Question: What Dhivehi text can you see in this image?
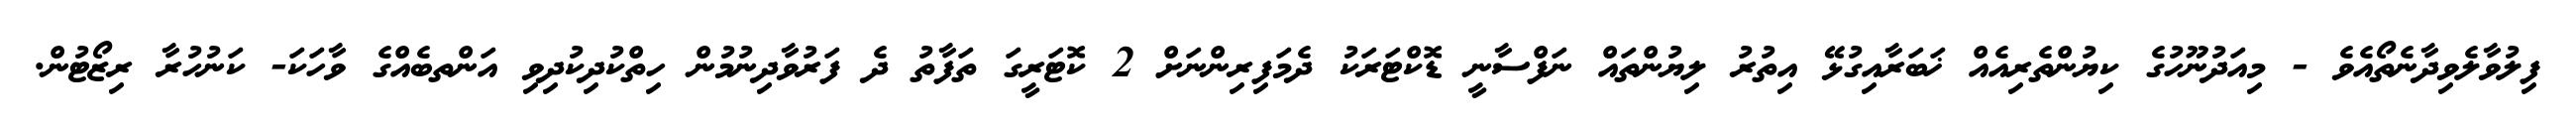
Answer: ފިލުވާލެވިދާނެތޯއެވެ - މިއަދުނޫހުގެ ކިޔުންތެރިއެއް ޚަބަރާއިގުޅޭ އިތުރު ލިޔުންތައް ނަފްސާނީ ޑޮކްޓަރަކު ދެމަފިރިންނަށް 2 ކޮޓަރީގަ ތަފާތު ދެ ފަރުވާދިނުމުން ހިތްކުދިކުދިވި އަންތބެއްގެ ވާހަކަ- ކަނުހުރާ ރިޒޯޓުން.